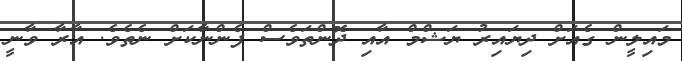
މައިލީން ގެއަށް ދިޔައިރު ޔަޝްމް އާއި ދޮންތަވެސް ފެންނާކަށް ނެތެވެ. އާރާ ވާނީ